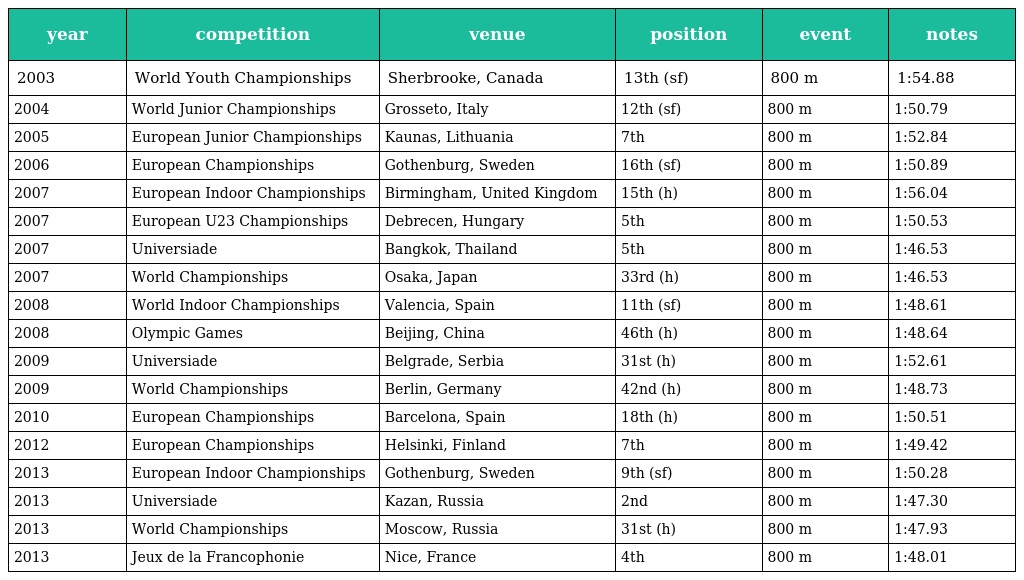
| year | competition | venue | position | event | notes |
 | --- | --- | --- | --- | --- | --- |
 | 2003 | World Youth Championships | Sherbrooke, Canada | 13th (sf) | 800 m | 1:54.88 |
 | 2004 | World Junior Championships | Grosseto, Italy | 12th (sf) | 800 m | 1:50.79 |
 | 2005 | European Junior Championships | Kaunas, Lithuania | 7th | 800 m | 1:52.84 |
 | 2006 | European Championships | Gothenburg, Sweden | 16th (sf) | 800 m | 1:50.89 |
 | 2007 | European Indoor Championships | Birmingham, United Kingdom | 15th (h) | 800 m | 1:56.04 |
 | 2007 | European U23 Championships | Debrecen, Hungary | 5th | 800 m | 1:50.53 |
 | 2007 | Universiade | Bangkok, Thailand | 5th | 800 m | 1:46.53 |
 | 2007 | World Championships | Osaka, Japan | 33rd (h) | 800 m | 1:46.53 |
 | 2008 | World Indoor Championships | Valencia, Spain | 11th (sf) | 800 m | 1:48.61 |
 | 2008 | Olympic Games | Beijing, China | 46th (h) | 800 m | 1:48.64 |
 | 2009 | Universiade | Belgrade, Serbia | 31st (h) | 800 m | 1:52.61 |
 | 2009 | World Championships | Berlin, Germany | 42nd (h) | 800 m | 1:48.73 |
 | 2010 | European Championships | Barcelona, Spain | 18th (h) | 800 m | 1:50.51 |
 | 2012 | European Championships | Helsinki, Finland | 7th | 800 m | 1:49.42 |
 | 2013 | European Indoor Championships | Gothenburg, Sweden | 9th (sf) | 800 m | 1:50.28 |
 | 2013 | Universiade | Kazan, Russia | 2nd | 800 m | 1:47.30 |
 | 2013 | World Championships | Moscow, Russia | 31st (h) | 800 m | 1:47.93 |
 | 2013 | Jeux de la Francophonie | Nice, France | 4th | 800 m | 1:48.01 |